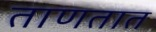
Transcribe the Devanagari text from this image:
ताणतात